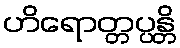
ဟိရောတ္တပ္ပန္တိ